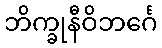
ဘိက္ခုနီဝိဘင်္ဂေ